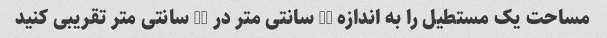
مساحت یک مستطیل را به اندازه 12 سانتی متر در 18 سانتی متر تقریبی کنید